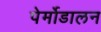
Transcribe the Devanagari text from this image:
पेर्मोडालन